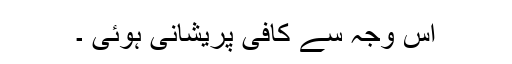
اس وجہ سے کافی پریشانی ہوئی ۔